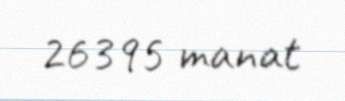
26395 manat